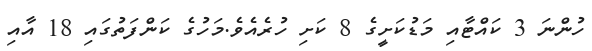
ހުންނަ 3 ކައްޓާއި މަޑުކަށީގެ 8 ކަށި ހުރެއެވެ.މަހުގެ ކަންފަތުގައި 18 އާއި